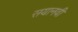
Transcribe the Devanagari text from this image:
सयानवी